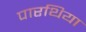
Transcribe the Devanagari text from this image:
पारथिया